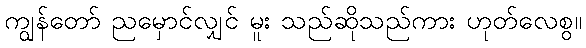
ကျွန်တော် ညမှောင်လျှင် မူး သည်ဆိုသည်ကား ဟုတ်လေစွ။